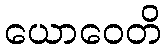
ယောဝေတိ